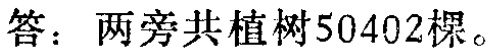
答：两旁共植树50402棵。